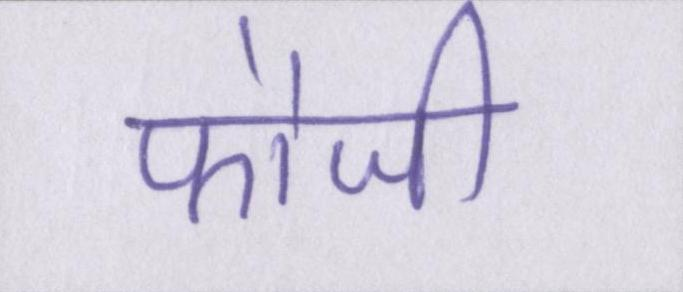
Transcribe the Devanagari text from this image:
फौजी